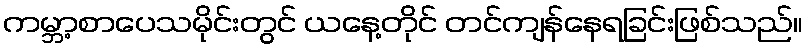
ကမ္ဘာ့စာပေသမိုင်းတွင် ယနေ့တိုင် တင်ကျန်နေရခြင်းဖြစ်သည်။